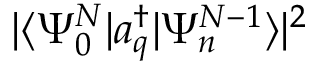
| \langle \Psi _ { 0 } ^ { N } | a _ { q } ^ { \dagger } | \Psi _ { n } ^ { N - 1 } \rangle | ^ { 2 }